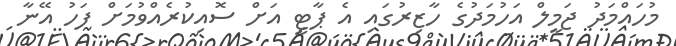
މުހައްމަދު ޖަމީލް އަހުމަދުގެ ހާޒިރުގައި އެ ޕާޓީ އަށް ސޮއިކުރެއްވުމަށް ފަހު އޭނާ